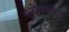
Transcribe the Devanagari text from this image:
भूलाेककाणड